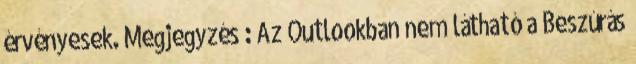
érvényesek. Megjegyzés : Az Outlookban nem látható a Beszúrás